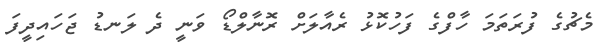
މެޗުގެ ފުރަތަމަ ހާފްގެ ފަހުކޮޅު ރެއާލަށް ރޮނާލްޑޯ ވަނީ ދެ ލަނޑު ޖަހައިދީފަ